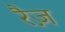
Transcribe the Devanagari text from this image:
रैज़